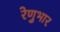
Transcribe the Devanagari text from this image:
रेणुभार